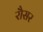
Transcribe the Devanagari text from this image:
रौसर